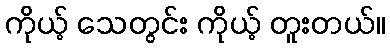
ကိုယ့် သေတွင်း ကိုယ့် တူးတယ်။